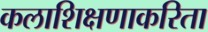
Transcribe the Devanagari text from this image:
कलाशिक्षणाकरिता